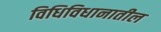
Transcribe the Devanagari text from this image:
विधिविधानातील